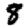
Digit: 8